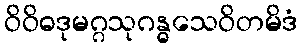
ဝိဝိဓဒုမဂ္ဂသုဂန္ဓသေဝိတမိဒံ